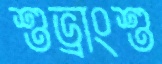
শুভ্রাংশু